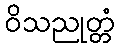
ဝိသညုတ္တံ